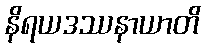
နိရယဒဿနာယာတိ